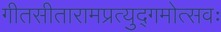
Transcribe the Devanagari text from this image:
गीतसीतारामप्रत्युद्गमोत्सवः